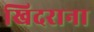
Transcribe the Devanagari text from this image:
खिदराना